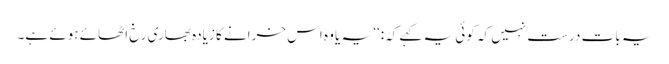
یہ بات درست نہیں کہ کوئی یہ کہے کہ:‘‘ یہ یا وہ اس خرانے کا زیادہ بھاری رخ اٹھائے ہوئے ہے۔